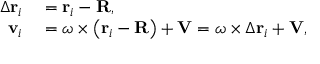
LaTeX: \begin{array} { r l } { \Delta \mathbf { r } _ { i } } & { { } = \mathbf { r } _ { i } - \mathbf { R } , } \\ { \mathbf { v } _ { i } } & { { } = { \boldsymbol { \omega } } \times \left( \mathbf { r } _ { i } - \mathbf { R } \right) + \mathbf { V } = { \boldsymbol { \omega } } \times \Delta \mathbf { r } _ { i } + \mathbf { V } , } \end{array}